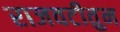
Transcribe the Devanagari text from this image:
राजवटीतुन